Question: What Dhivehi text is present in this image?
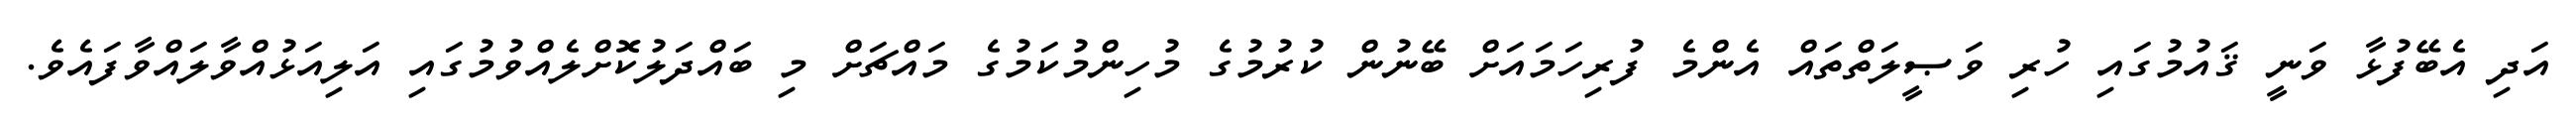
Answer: އަދި އެބޭފުޅާ ވަނީ ޤައުމުގައި ހުރި ވަޞީލަތްތައް އެންމެ ފުރިހަމައަށް ބޭނުން ކުރުމުގެ މުހިންމުކަމުގެ މައްޗަށް މި ބައްދަލުކޮށްލެއްވުމުގައި އަލިއަޅުއްވާލައްވާފައެވެ.